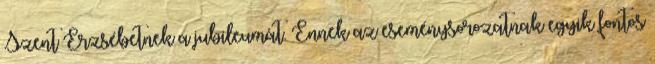
Szent Erzsébetnek a jubileumát. Ennek az eseménysorozatnak egyik fontos